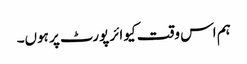
ہم اس وقت کیو ائر پورٹ پر ہوں۔